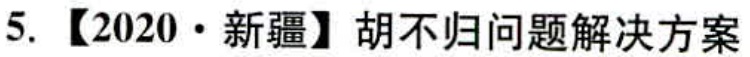
5. 【2020·新疆】胡不归问题解决方案